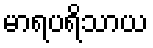
မာရပရိသာယ